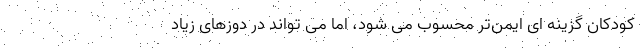
کودکان گزینه ای ایمن‌تر محسوب می شود، اما می تواند در دوزهای زیاد